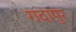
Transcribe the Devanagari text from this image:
गदापुर